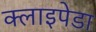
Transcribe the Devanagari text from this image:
क्लाइपेडा